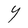
Character: Y